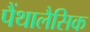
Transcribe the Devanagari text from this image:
पैंथालैसिक